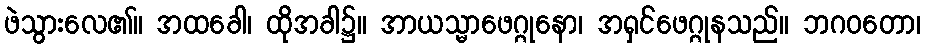
ဖဲသွားလေ၏။ အထခေါ၊ ထိုအခါ၌။ အာယသ္မာဖေဂ္ဂုနော၊ အရှင်ဖေဂ္ဂုနသည်။ ဘဂဝတော၊